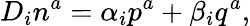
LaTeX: D_{i}n^{a}=\alpha_{i}p^{a}+\beta_{i}q^{a},